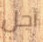
أجل